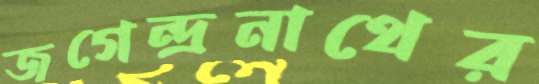
জগেন্দ্রনাথের